Etiology and epidemiology of plague
Disease focus: Plague
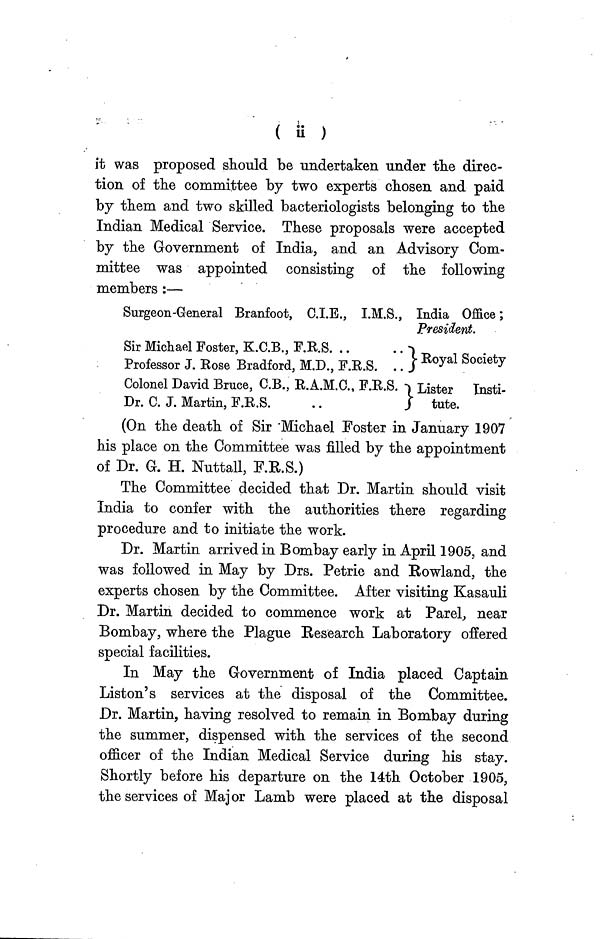
( ii )
it was proposed should be undertaken under the direc-
tion of the committee by two experts chosen and paid
by them and two skilled bacteriologists belonging to the
Indian Medical Service. These proposals were accepted
by the Government of India, and an Advisory Com-
mittee was appointed consisting of the following
members :—
Surgeon-General Branfoot, C.I.E., I.M.S., India Office;
President.
Sir Michael Foster, K.C.B., F.R.S
Professor J. Rose Bradford, M.D., F.R.S. .. Royal Society
Colonel David Bruce, C.B., R.A.M.C., F.R.S. Lister Insti-
Dr. C. J. Martin, F.R.S.
..
tute.
(On the death of Sir Michael Foster in January 1907
his place on the Committee was filled by the appointment
of Dr. G. H. Nuttall, F.R.S.)
The Committee decided that Dr. Martin should visit
India to confer with the authorities there regarding
procedure and to initiate the work.
Dr. Martin arrived in Bombay early in April 1905, and
was followed in May by Drs. Petrie and Rowland, the
experts chosen by the Committee. After visiting Kasauli
Dr. Martin decided to commence work at Parel, near
Bombay, where the Plague Research Laboratory offered
special facilities.
In May the Government of India placed Captain
Liston's services at the disposal of the Committee.
Dr. Martin, having resolved to remain in Bombay during
the summer, dispensed with the services of the second
officer of the Indian Medical Service during his stay.
Shortly before his departure on the 14th October 1905,
the services of Major Lamb were placed at the disposal